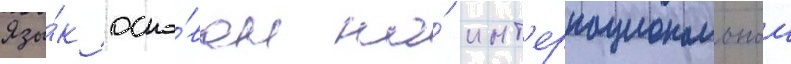
Язы́к осно́ван на́ инт'ернациональнои